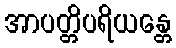
အာပတ္တိပရိယန္တေ